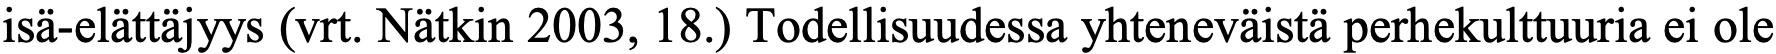
isä-elättäjyys (vrt. Nätkin 2003, 18.) Todellisuudessa yhteneväistä perhekulttuuria ei ole